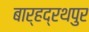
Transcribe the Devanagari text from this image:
बार्हद्रथपुर